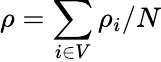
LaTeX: \rho=\sum_{i\in V}\rho_{i}/N